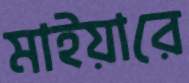
মাইয়ারে